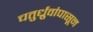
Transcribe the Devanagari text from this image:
चतुर्ध्रुवांपासून